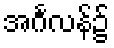
အင်္ဂလန်၌